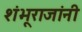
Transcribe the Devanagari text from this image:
शंभूराजांनी